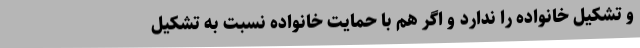
و تشکیل خانواده را ندارد و اگر هم با حمایت خانواده نسبت به تشکیل